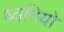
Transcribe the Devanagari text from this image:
ध्वनियो